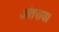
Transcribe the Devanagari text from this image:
अंतराय।